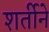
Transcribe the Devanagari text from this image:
शर्तीने